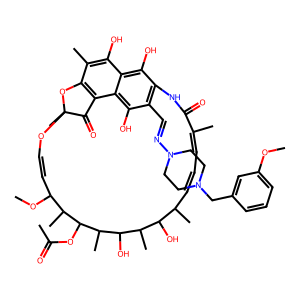
SMILES: COc1cccc(CN2CCN(N=Cc3c4c(O)c5c(O)c(C)c6c(c5c3O)C(=O)C(C)(OC=CC(OC)C(C)C(OC(C)=O)C(C)C(O)C(C)C(O)C(C)C=CC=C(C)C(=O)N4)O6)CC2)c1
Inhibits HIV replication: No